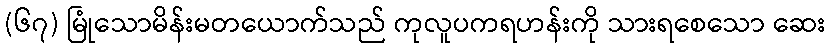
(၆၇) မြုံသောမိန်းမတယောက်သည် ကုလူပကရဟန်းကို သားရစေသော ဆေး